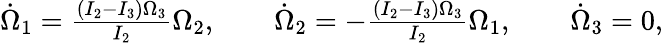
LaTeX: \begin{array}{r}{\dot{\Omega}_{1}=\frac{(I_{2}-I_{3})\Omega_{3}}{I_{2}}\Omega_{2},\qquad\dot{\Omega}_{2}=-\frac{(I_{2}-I_{3})\Omega_{3}}{I_{2}}\Omega_{1},\qquad\dot{\Omega}_{3}=0,}\end{array}